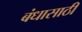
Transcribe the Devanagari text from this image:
बंधासाठी